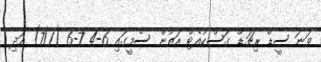
ވަނަ ސީޑް ރިޗަޑް ގަސްކުއެޓް އަތުން ސެމީގައި 6-4 7-6 (7/1) އަދި